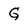
Character: G